Jaan_Tonisson_(Lasteleht), lk 117
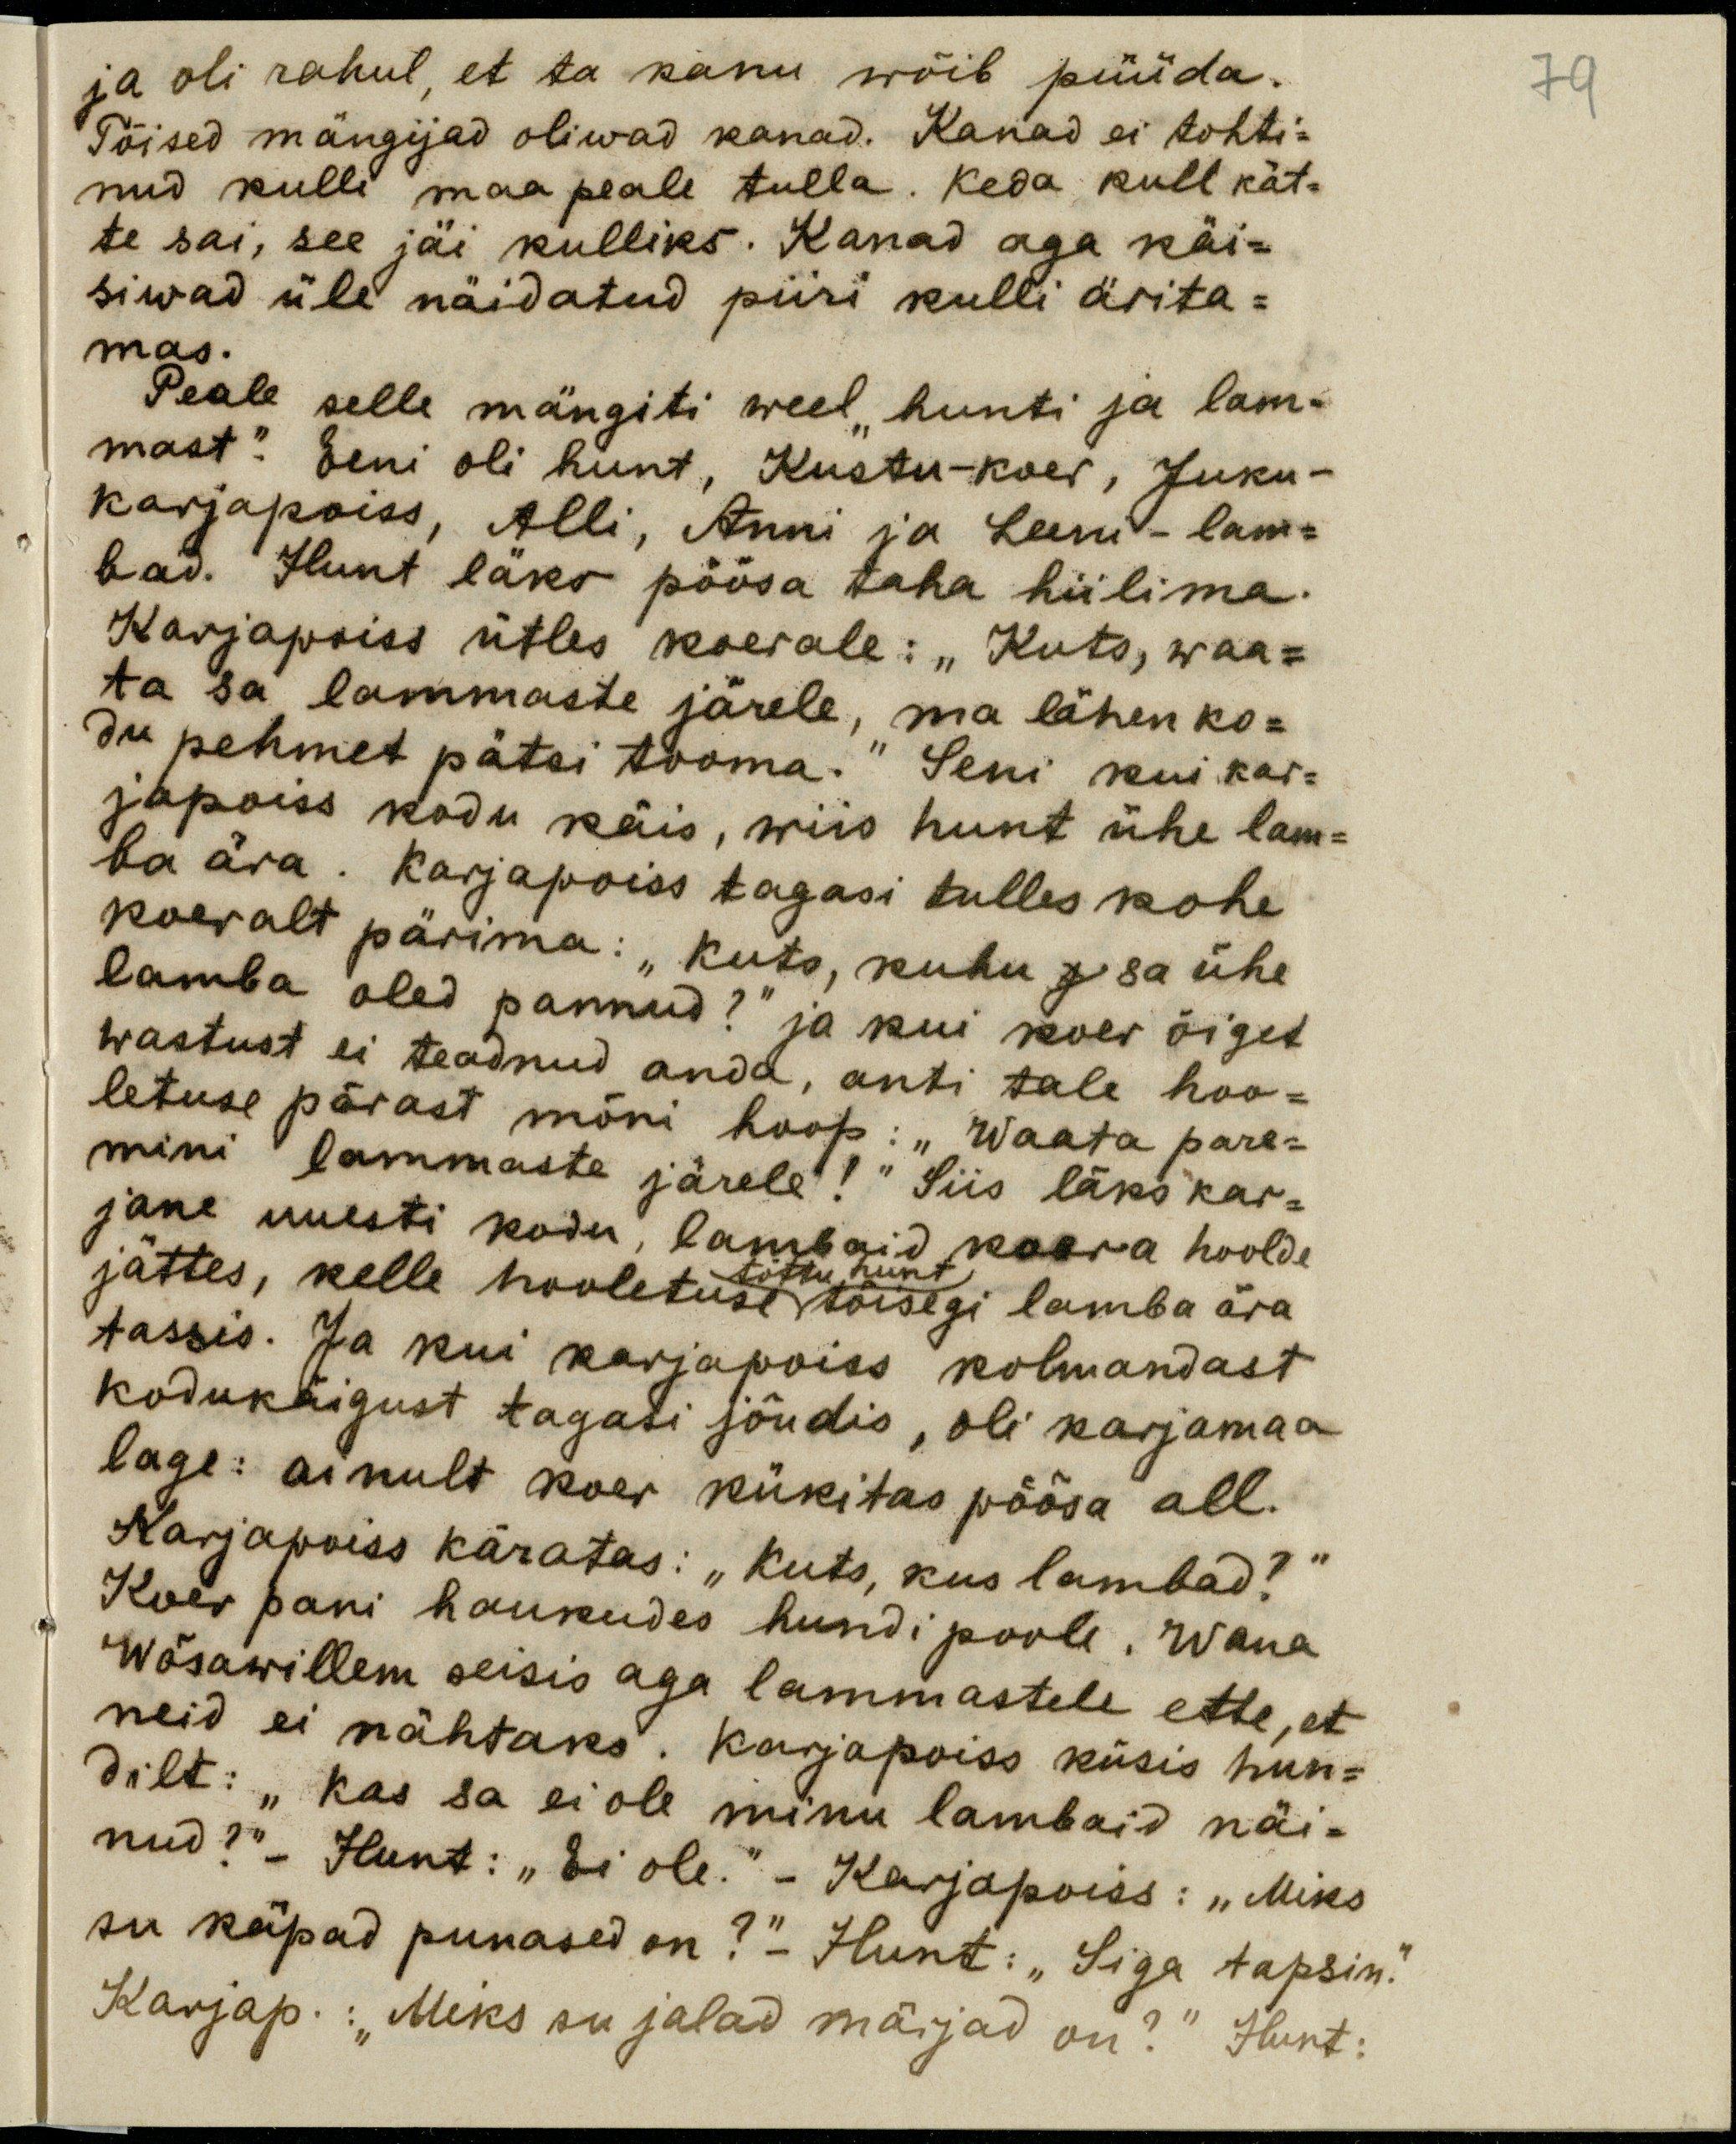
79
ja oli rahul, et ta kanu wõib püüda.
Tõised mängijad oliwad kanad. Kanad ei tohti-
nud kulli maa peale tulla. Keda kull kät-
te sai, see jäi kulliks. Kanad aga käi-
siwad üle näidatud piiri kulli ärita-
mas.
Peale selle mängiti weel "hunti ja lam-
mast". Eeni oli hunt, Kustu - koer, Juku -
karjapoiss, Alli, Anni ja Leeni - lam-
bad. Hunt läks põõsa taha hiilima.
Karjapoiss ütles koerale: "Kuts, waa-
ta sa lammaste järele, ma lähen ko-
du pehmet pätsi tooma." Seni kui kar-
japoiss kodu käis, wiis hunt ühe lam-
ba ära. Karjapoiss tagasi tulles kohe
koeralt pärima: "Kuts, kuhu sa ühe
lamba oled pannud?" ja kui koer õiget
wastust ei teadnud anda, anti tale hoo-
letuse pärast mõni hoop: "Waata pare-
mini lammaste järele!" Siis läks kar-
jane uuesti kodu, lambaid koera hoolde
tõttu hunt
jättes, kelle hooletuse tõisegi lamba ära
tassis. Ja kui karjapoiss kolmandast
kodukäigust tagasi jõudis, oli karjamaa
lage: ainult koer kükitas põõsa all.
Karjapoiss käratas: "Kuts, kus lambad?"
Koer pani haukudes hundi poole. Wana
Wõsawillem seisis aga lammastele ette, et
neid ei nähtaks. Karjapoiss küsis hun-
dilt: "Kas sa ei ole minu lambaid näi-
nud?" - Hunt:" Ei ole." - Karjapoiss:" Miks
su käpad punased on?" - Hunt:" Siga tapsin."
Karjap.:" Miks su jalad märjad on?" Hunt: